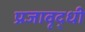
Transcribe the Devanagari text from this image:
प्रजावृद्धी